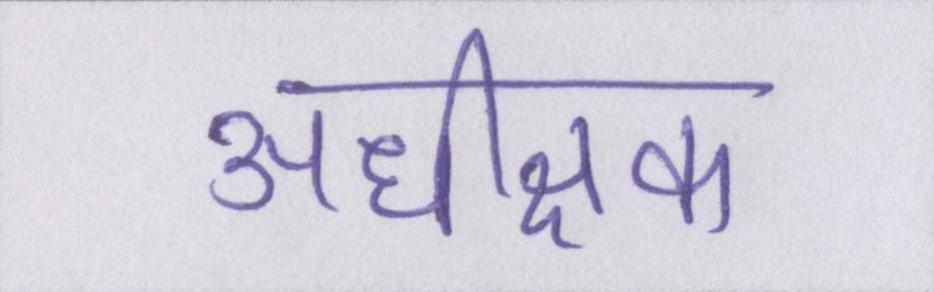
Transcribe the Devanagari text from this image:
अधीक्षक